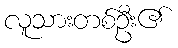
လူသားတစ်ဦး၏